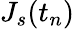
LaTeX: J_{s}(t_{n})